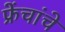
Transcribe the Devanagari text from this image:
फ्रेंचांचे